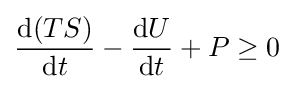
{\frac {\mathrm {d} (TS)}{\mathrm {d} t}}-{\frac {\mathrm {d} U}{\mathrm {d} t}}+P\geq 0